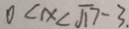
0 < x < \sqrt { 1 7 } - 3 .